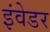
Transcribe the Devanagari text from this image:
इंवेडर